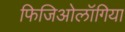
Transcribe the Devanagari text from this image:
फिजिओलॉगिया